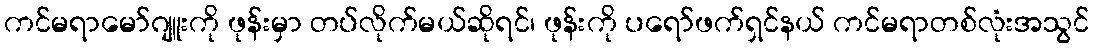
ကင်မရာမော်ဂျူးကို ဖုန်းမှာ တပ်လိုက်မယ်ဆိုရင်၊ ဖုန်းကို ပရော်ဖက်ရှင်နယ် ကင်မရာတစ်လုံးအသွင်